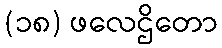
(၁၈) ဖလေဌိတော